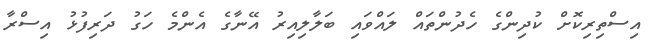
އިސްތިރިކޮށް ކުދިންގެ ހެދުންތައް ލައްވައި ބަލާލިއިރު އޭނާގެ އެންމެ ހަގު ދަރިފުޅު އިސްރާ